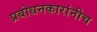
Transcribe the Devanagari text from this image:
प्रबोधनकारांनीच